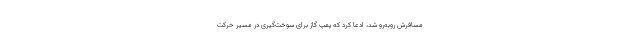
مسافرش روبه‌رو شد، ادعا کرد که پمپ گاز برای سوخت‌گیری در مسیر حرکت